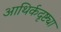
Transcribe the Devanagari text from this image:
आथिर्कदृष्ट्या